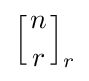
\left[{n \atop r}\right]_{r}